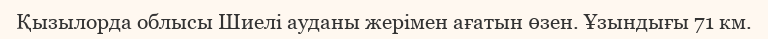
Қызылорда облысы Шиелі ауданы жерімен ағатын өзен. Ұзындығы 71 км.